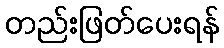
တည်းဖြတ်ပေးရန်